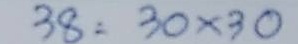
38 = 30 x 30